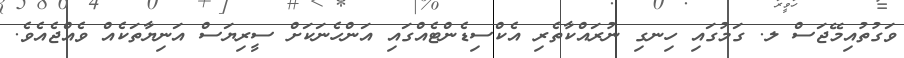
ވަގުތުއިމޭޖަސް ލ. ގަމުގައި ހިނގި ނުރައްކާތެރި އެކްސިޑެންޓެއްގައި އަންހެނަކަށް ސީރިޔަސް އަނިޔާތަކެއް ވެއްޖެއެވެ.